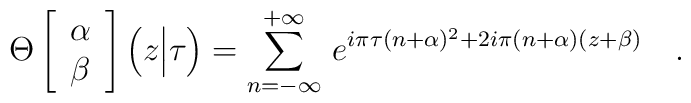
\Theta\left[\begin{array}{c}	\alpha \\ \beta	\end{array}\right]\Big(z\Big|\tau\Big)=\sum_{n=-\infty}^{+\infty}\,e^{i\pi\tau(n+\alpha)^2+2i\pi(n+\alpha)(z+\beta)}\ \ \ .